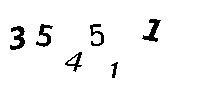
354511